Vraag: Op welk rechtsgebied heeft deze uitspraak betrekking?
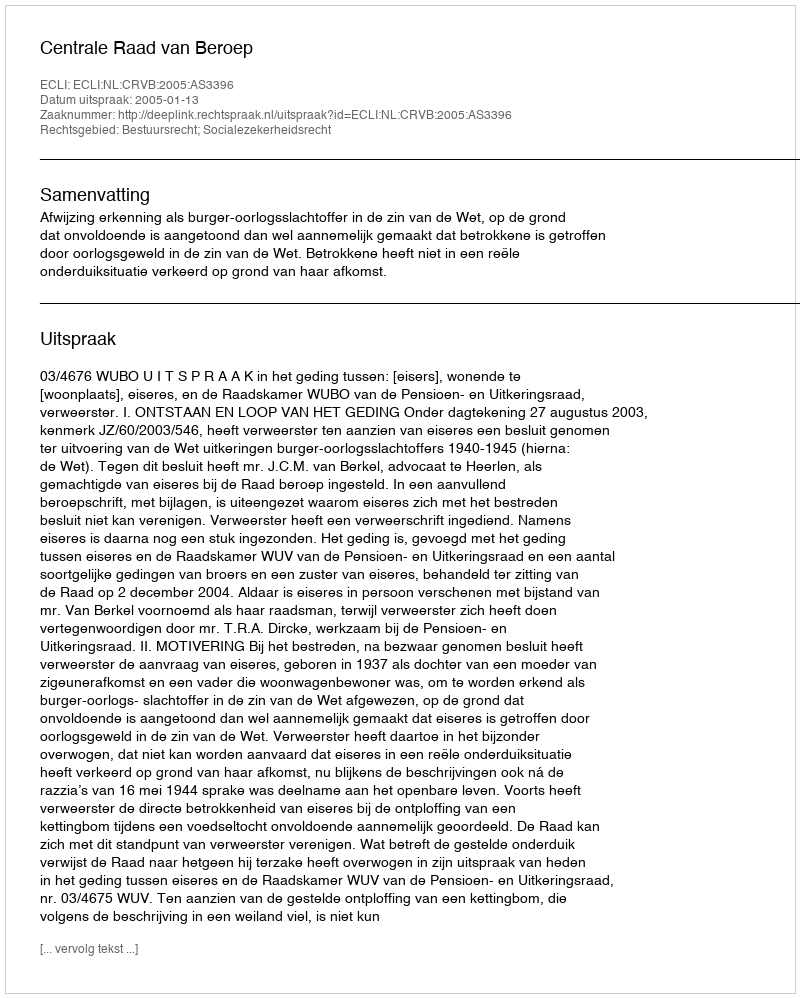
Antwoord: Bestuursrecht; Socialezekerheidsrecht